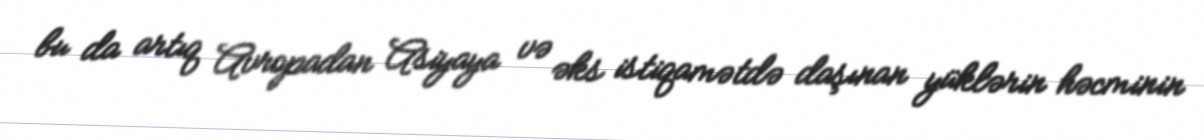
bu da artıq Avropadan Asiyaya və əks istiqamətdə daşınan yüklərin həcminin